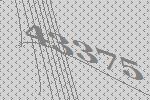
43375